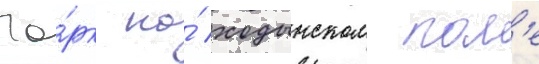
Па́рк на́ ходынском пол'е